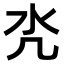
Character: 𣱻